system: You are a helpful assistant.
user:
Analyze the provided spectrum to determine if it is a **M-type Giant (gM)**.

A M-type Giant spectrum is defined by its **strong molecular absorption** features, particularly from **Titanium Oxide (TiO)**. You must check for one of the following mutually exclusive signatures:

- **Key Visual Indicators (Absorption-Dominated Spectrum):**

    - **(Primary):** The spectrum is dominated by strong molecular absorption from **Titanium Oxide (TiO)**. This is the **defining feature** of its M-type temperature class.
        - **(Key Bandheads):** Look for sharp, "saw-tooth" absorption valleys. The strongest are located near **~7050 Å**, **~6160 Å**, and **~5170 Å**.
        - **(Line Profile):** The "saw-tooth" morphology is critical: a **sharp, steep drop on the BLUE (short-wavelength) side** of the bandhead, followed by a gradual recovery (rising flux) towards the RED (long-wavelength) side.

    - **(Key Confirmation - Giant vs. Dwarf):** **ABSENCE** of strong **Calcium Hydride (CaH)** molecular bands. This is the primary diagnostic for *excluding* M-dwarfs.
        - **(Key Region):** The spectrum should lack the strong, broad absorption band seen in dwarfs between **~6800 Å and ~7000 Å**.

    - **(Secondary Confirmation - Giant):** A very strong and broad **Neutral Calcium (Ca I)** atomic absorption line.
        - **(Key Line):** Located at **~4226 Å**. In a giant (gM), this line is significantly deeper and broader than the same line in an M-dwarf (dM) due to low surface gravity.

    - **(Overall Spectrum):**
        - The continuum is **extremely red-sloping** (i.e., flux is very low in the blue and rises dramatically towards the red).
        - The entire spectrum appears "chopped up" by the deep TiO bands.

Think first, call **spectral_visualization_tool** if needed to examine features in detail, then provide your final answer. Your response must adhere to the following strict rules:
1.  **Overall Structure:** Your response must follow the format `<think>...</think> <tool_call>...</tool_call> (if a tool is used) <answer>...</answer>`.
2.  **Tool Usage Constraint:** You may only make **one** tool call per turn.
3.  **Final Answer Format:** In the `<answer>` tag, your conclusion must be inside a `\boxed{}` command (e.g., `\boxed{YES}` or `\boxed{NO}`), followed by your justification.

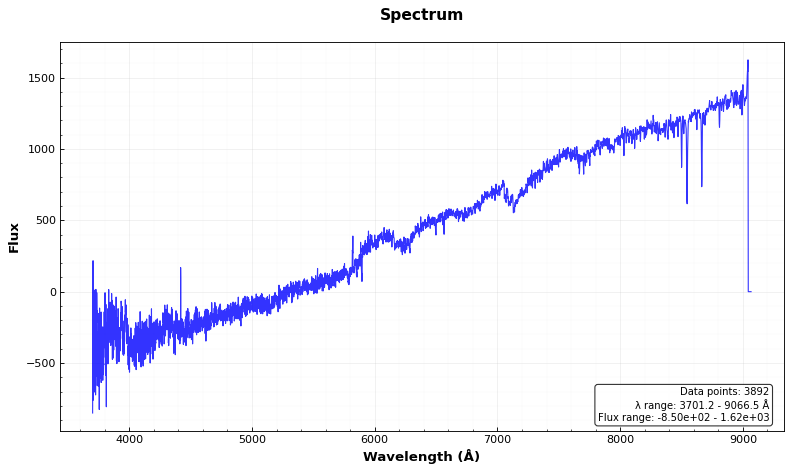
Answer: YES